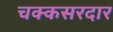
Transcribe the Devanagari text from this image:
चक्कसरदार